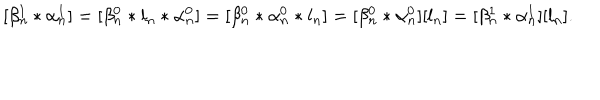
LaTeX: [ \beta _ { n } ^ { 1 } * \alpha _ { n } ^ { 1 } ] = [ \beta _ { n } ^ { 0 } * l _ { n } * \alpha _ { n } ^ { 0 } ] = [ \beta _ { n } ^ { 0 } * \alpha _ { n } ^ { 0 } * l _ { n } ] = [ \beta _ { n } ^ { 0 } * \alpha _ { n } ^ { 0 } ] [ l _ { n } ] = [ \beta _ { n } ^ { 1 } * \alpha _ { n } ^ { 1 } ] [ l _ { n } ] .